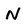
Character: N